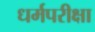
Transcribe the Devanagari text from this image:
धर्मपरीक्षा